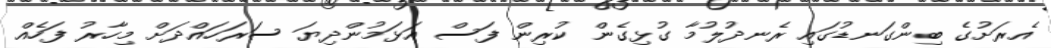
އެރަށުގެ ބިންގަނޑުގައި ރެނދުލުމާ ގުޅިގެން ކުރިން ފަސް އަޅަމުންދިޔަ ސަރަހައްދަށް މިހާރު ފަހެއް